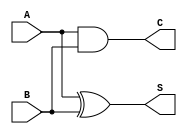
module Simple_Circuit(A,B,S,C);
input A,B;
output S,C;

xor G1(S,A,B);
and G2(C,A,B);
endmodule